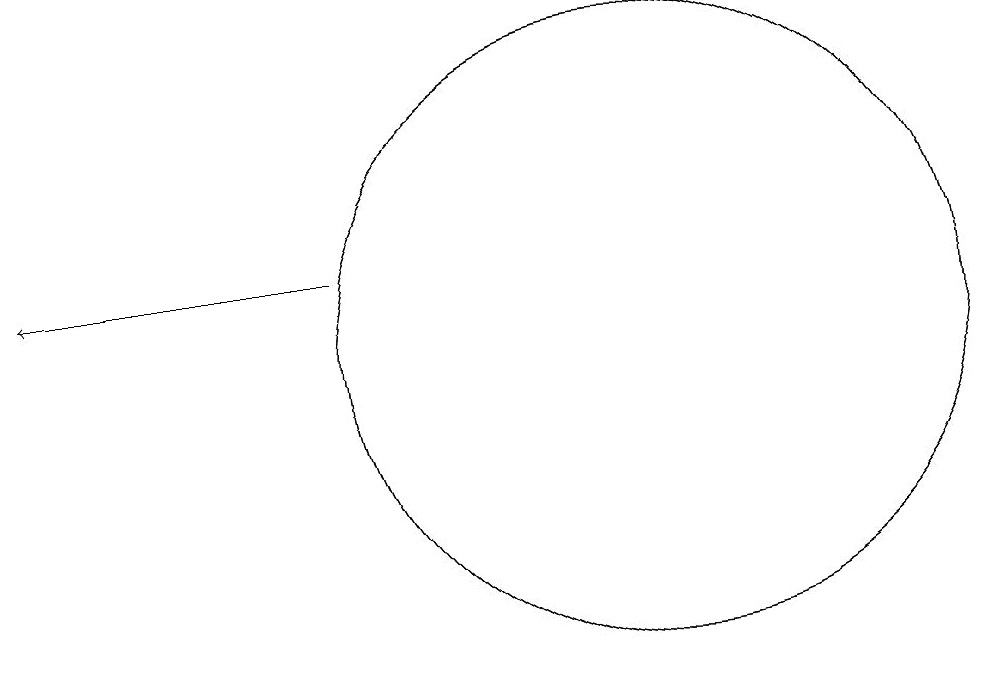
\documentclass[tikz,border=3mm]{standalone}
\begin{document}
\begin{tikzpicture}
\draw[->] (6,12) -- (2,12);
\draw (10,11) circle (4);
\draw (10,11) circle (4);
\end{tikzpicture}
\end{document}